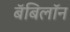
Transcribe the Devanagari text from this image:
बॅबिलॉन